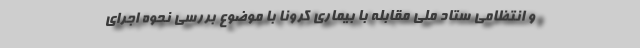
و انتظامی ستاد ملی مقابله با بیماری کرونا با موضوع بررسی نحوه اجرای